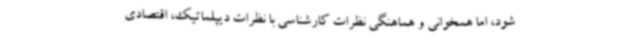
شود، اما همخوانی و هماهنگی نظرات کارشناسی با نظرات دیپلماتیک، اقتصادی